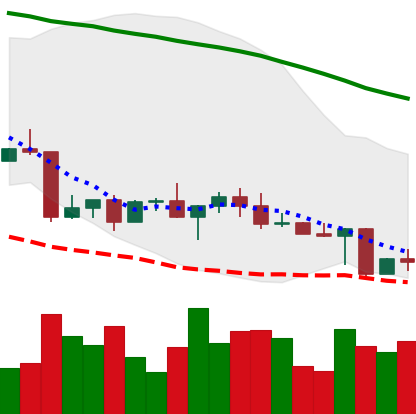
Ticker: LINK-USD
Chart end date: 2022-04-28
Forward return: -12.172%
Label: down_7plus